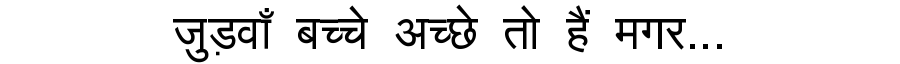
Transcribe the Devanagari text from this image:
जुड़वाँ बच्चे अच्छे तो हैं मगर...